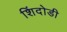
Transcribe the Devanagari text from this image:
शिंदोडी